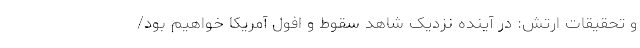
و تحقیقات ارتش: در آینده نزدیک شاهد سقوط و افول آمریکا خواهیم بود/